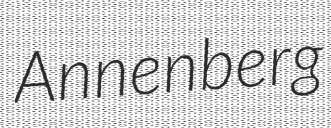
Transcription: Annenberg